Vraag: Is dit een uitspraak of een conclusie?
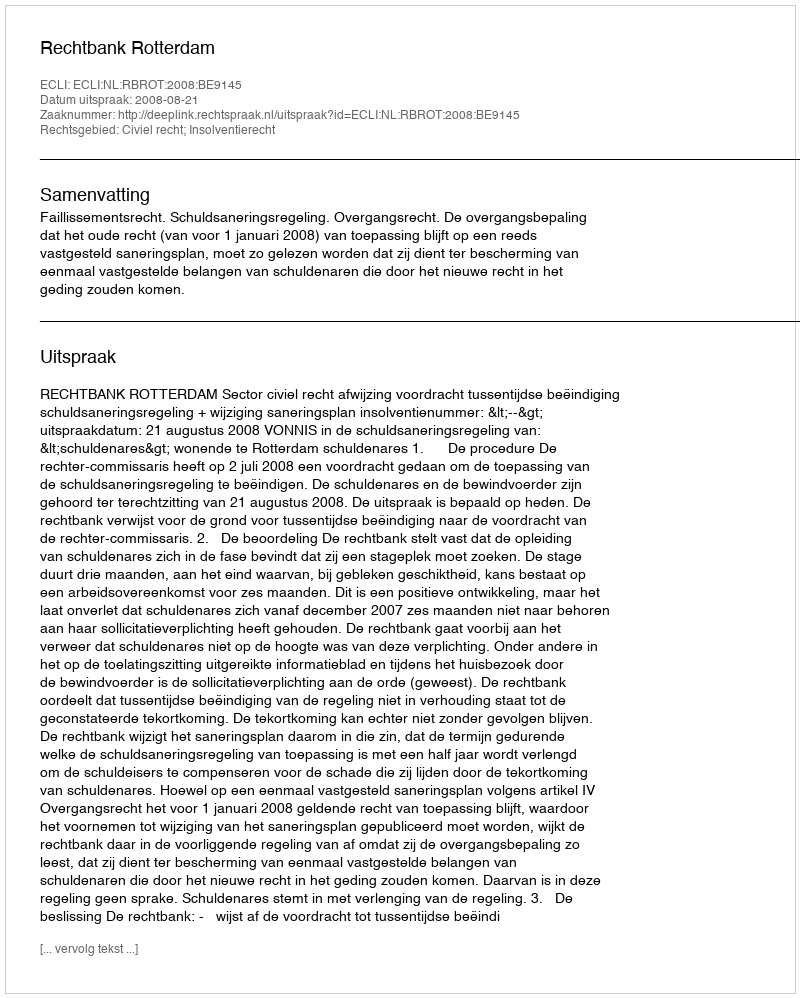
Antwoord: Uitspraak